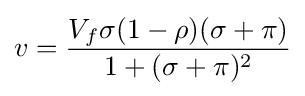
v={\frac {V_{f}\sigma (1-\rho )(\sigma +\pi )}{1+(\sigma +\pi )^{2}}}